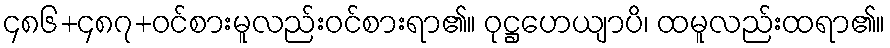
၄၈၆+၄၈၇+ဝင်စားမူလည်းဝင်စားရာ၏။ ဝုဋ္ဌဟေယျာပိ၊ ထမူလည်းထရာ၏။